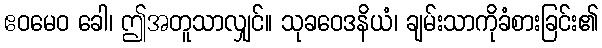
ဧဝမေဝ ခေါ၊ ဤအတူသာလျှင်။ သုခဝေဒနိယံ၊ ချမ်းသာကိုခံစားခြင်း၏